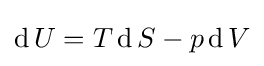
\operatorname {d} U=T\operatorname {d} S-p\operatorname {d} V